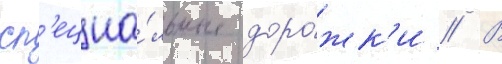
сп'ециа́льные доро́жк'и // В